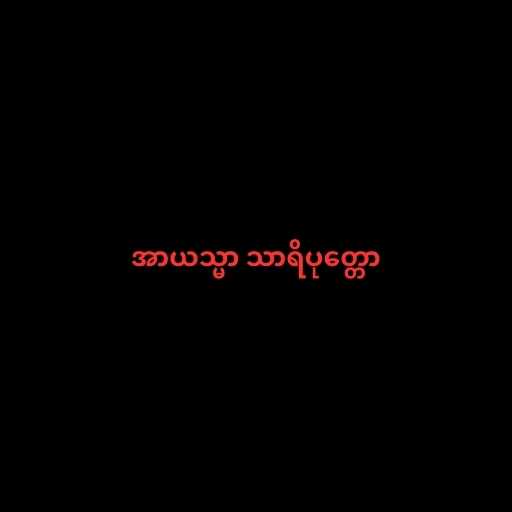
အာယသ္မာ သာရိပုတ္တော